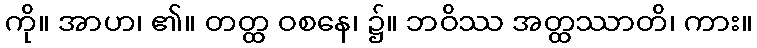
ကို။ အာဟ၊ ၏။ တတ္ထ ဝစနေ၊ ၌။ ဘဝိဿ အတ္ထဿာတိ၊ ကား။